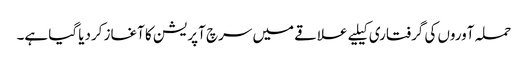
حملہ آوروں کی گرفتاری کیلیے علاقے میں سرچ آپریشن کا آغاز کردیا گیا ہے۔